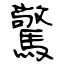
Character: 驚